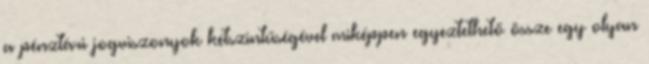
a pénztári jogviszonyok kétszintűségével miképpen egyeztethető össze egy olyan